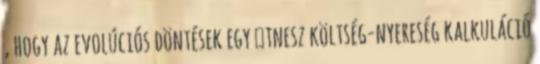
, hogy az evolúciós döntések egy ﬁtnesz költség-nyereség kalkuláció